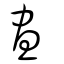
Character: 晝